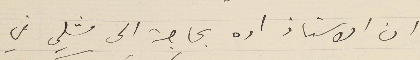
ان الاستاذ اده بحاجة الى مثلي في